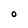
Character: O